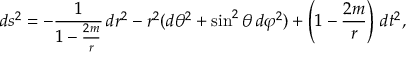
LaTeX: d s ^ { 2 } = - { \frac { 1 } { 1 - { \frac { 2 m } { r } } } } \, d r ^ { 2 } - r ^ { 2 } ( d \theta ^ { 2 } + \sin ^ { 2 } \theta \, d \varphi ^ { 2 } ) + \left( 1 - { \frac { 2 m } { r } } \right) \, d t ^ { 2 } ,